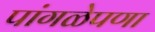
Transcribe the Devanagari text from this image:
पांगळेपणा